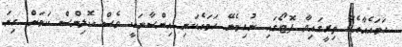
ހަމައެއާއެކު ތިރީގައިވާ ފޮޓޯގައި ނުހިމެނޭ ހަމައެކަނި އިންސާނަކީ ވެސް ކޮލިންސް ކަމަށް ގިނަ